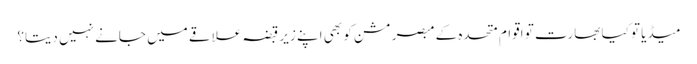
میڈیا تو کیا بھارت تو اقوام متحدہ کے مبصر مشن کو بھی اپنے زیرِ قبضہ علاقے میں جانے نہیں دیتا؟